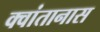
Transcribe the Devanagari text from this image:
क्वांतानास